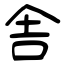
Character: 舎